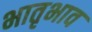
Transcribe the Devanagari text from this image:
भातृभाव